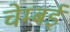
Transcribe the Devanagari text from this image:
चेम्बई